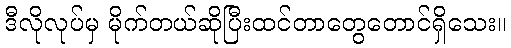
ဒီလိုလုပ်မှ မိုက်တယ်ဆိုပြီးထင်တာတွေတောင်ရှိသေး။